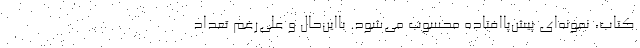
کتاب، نمونه‌ای پیش‌پاافتاده محسوب می‌شود. بااین‌حال و علی‌رغم تعداد